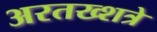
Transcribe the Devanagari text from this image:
अरतख्शत्रे